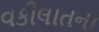
વકીલાતના